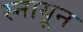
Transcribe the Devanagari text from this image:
स्नायून